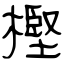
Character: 樫